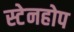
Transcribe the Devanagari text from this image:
स्टेनहोप